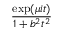
\frac { \exp ( \mu i t ) } { 1 + b ^ { 2 } t ^ { 2 } }